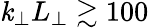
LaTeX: \mathit{k}_{\perp}L_{\perp}\gtrsim100